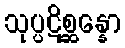
သုပ္ပဋိစ္ဆန္နော